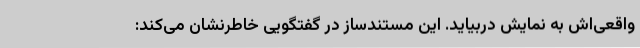
واقعی‌اش به نمایش دربیاید. این مستندساز در گفتگویی خاطرنشان می‌کند: